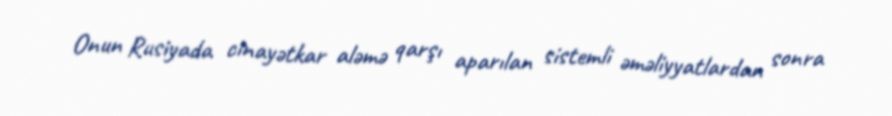
Onun Rusiyada cinayətkar aləmə qarşı aparılan sistemli əməliyyatlardan sonra